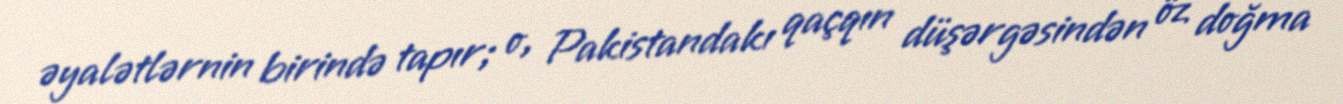
əyalətlərnin birində tapır; o, Pakistandakı qaçqın düşərgəsindən öz doğma